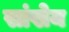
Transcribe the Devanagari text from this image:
सांखेय